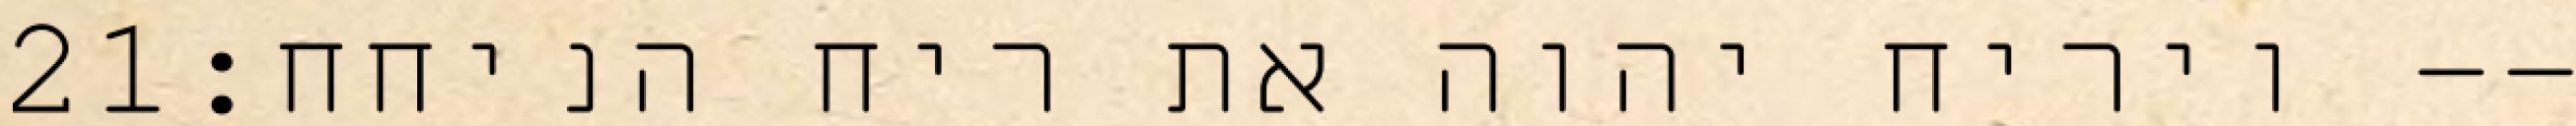
‎21‏ ויריח יהוה את ריח הניחח׃--